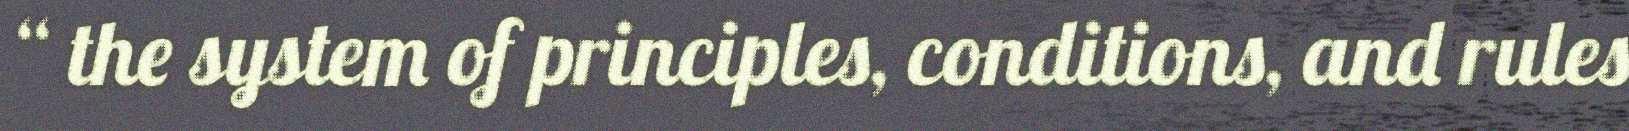
“ the system of principles, conditions, and rules